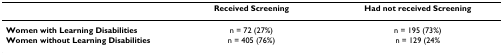
|  | Received Screening | Had not received Screening |
 | --- | --- | --- |
 | Women with Learning Disabilities | n = 72 (27%) | n = 195 (73%) |
 | Women without Learning Disabilities | n = 405 (76%) | n = 129 (24% |